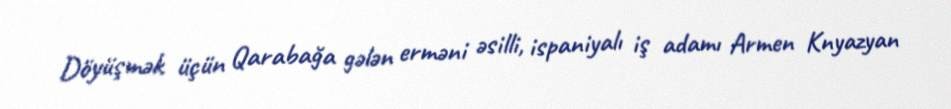
Döyüşmək üçün Qarabağa gələn erməni əsilli, ispaniyalı iş adamı Armen Knyazyan